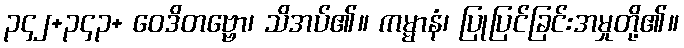
၃၄၂+၃၄၃+ ဝေဒိတဗ္ဗော၊ သိအပ်၏။ ကမ္မာနံ၊ ပြုပြင်ခြင်းအမှုတို့၏။